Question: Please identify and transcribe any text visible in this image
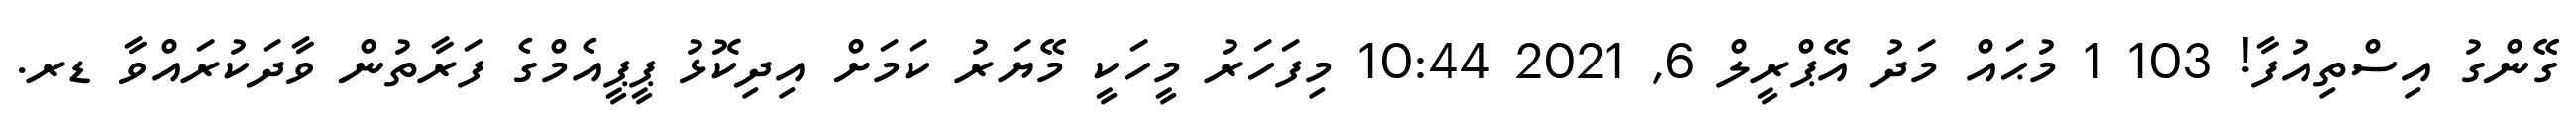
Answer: ގޭންގު އިސްތިއުފާ! 103 1 މުޙައް މަދު އޭޕްރީލް 6, 2021 10:44 މިފަހަރު މީހަކީ މޭޔަރު ކަމަށް އިދިކޮޅު ޕީޕީއެމްގެ ފަރާތުން ވާދަކުރައްވާ ޑރ.